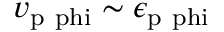
v _ { \mathrm { p \ p h i } } \sim \epsilon _ { \mathrm { p \ p h i } }